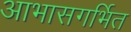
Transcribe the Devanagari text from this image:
आभासगर्भित